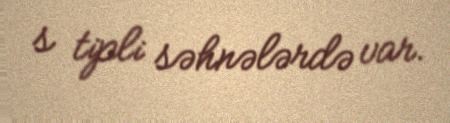
s tipli səhnələrdə var.